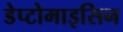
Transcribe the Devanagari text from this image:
डेप्टोमाइसिन